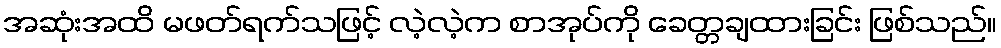
အဆုံးအထိ မဖတ်ရက်သဖြင့် လဲ့လဲ့က စာအုပ်ကို ခေတ္တချထားခြင်း ဖြစ်သည်။